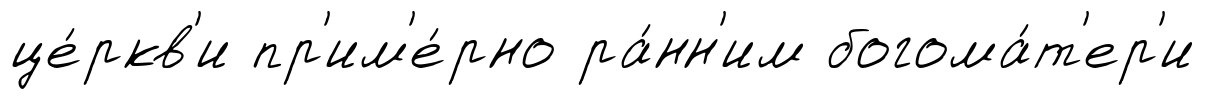
це́ркв'и пр'им'е́рно ра́нн'им богома́т'ер'и